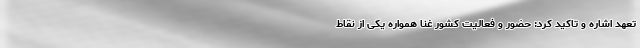
تعهد اشاره و تاکید کرد: حضور و فعالیت کشور غنا همواره یکی از نقاط